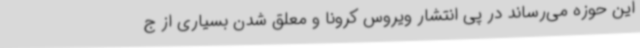
این حوزه می‌رساند در پی انتشار ویروس کرونا و معلق شدن بسیاری از ج